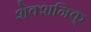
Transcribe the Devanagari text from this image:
शेक्शनिक्